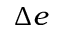
\Delta e